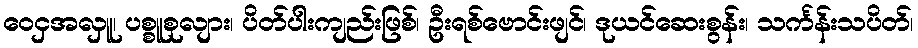
ဝေငှအလှူ၊ ပစ္စူစုလျား၊ ပိတ်ပါးကျည်းဖြစ်၊ ဦးရစ်ဗောင်းဖျင်၊ ဒုယင်ဆေးစွန်း၊ သင်္ကန်းသပိတ်၊